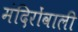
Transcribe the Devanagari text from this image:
मंदिरोंवाली